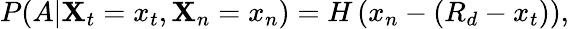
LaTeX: P(A|\mathbf{X}_{t}=x_{t},\mathbf{X}_{n}=x_{n})=H\left(x_{n}-(R_{d}-x_{t})\right),